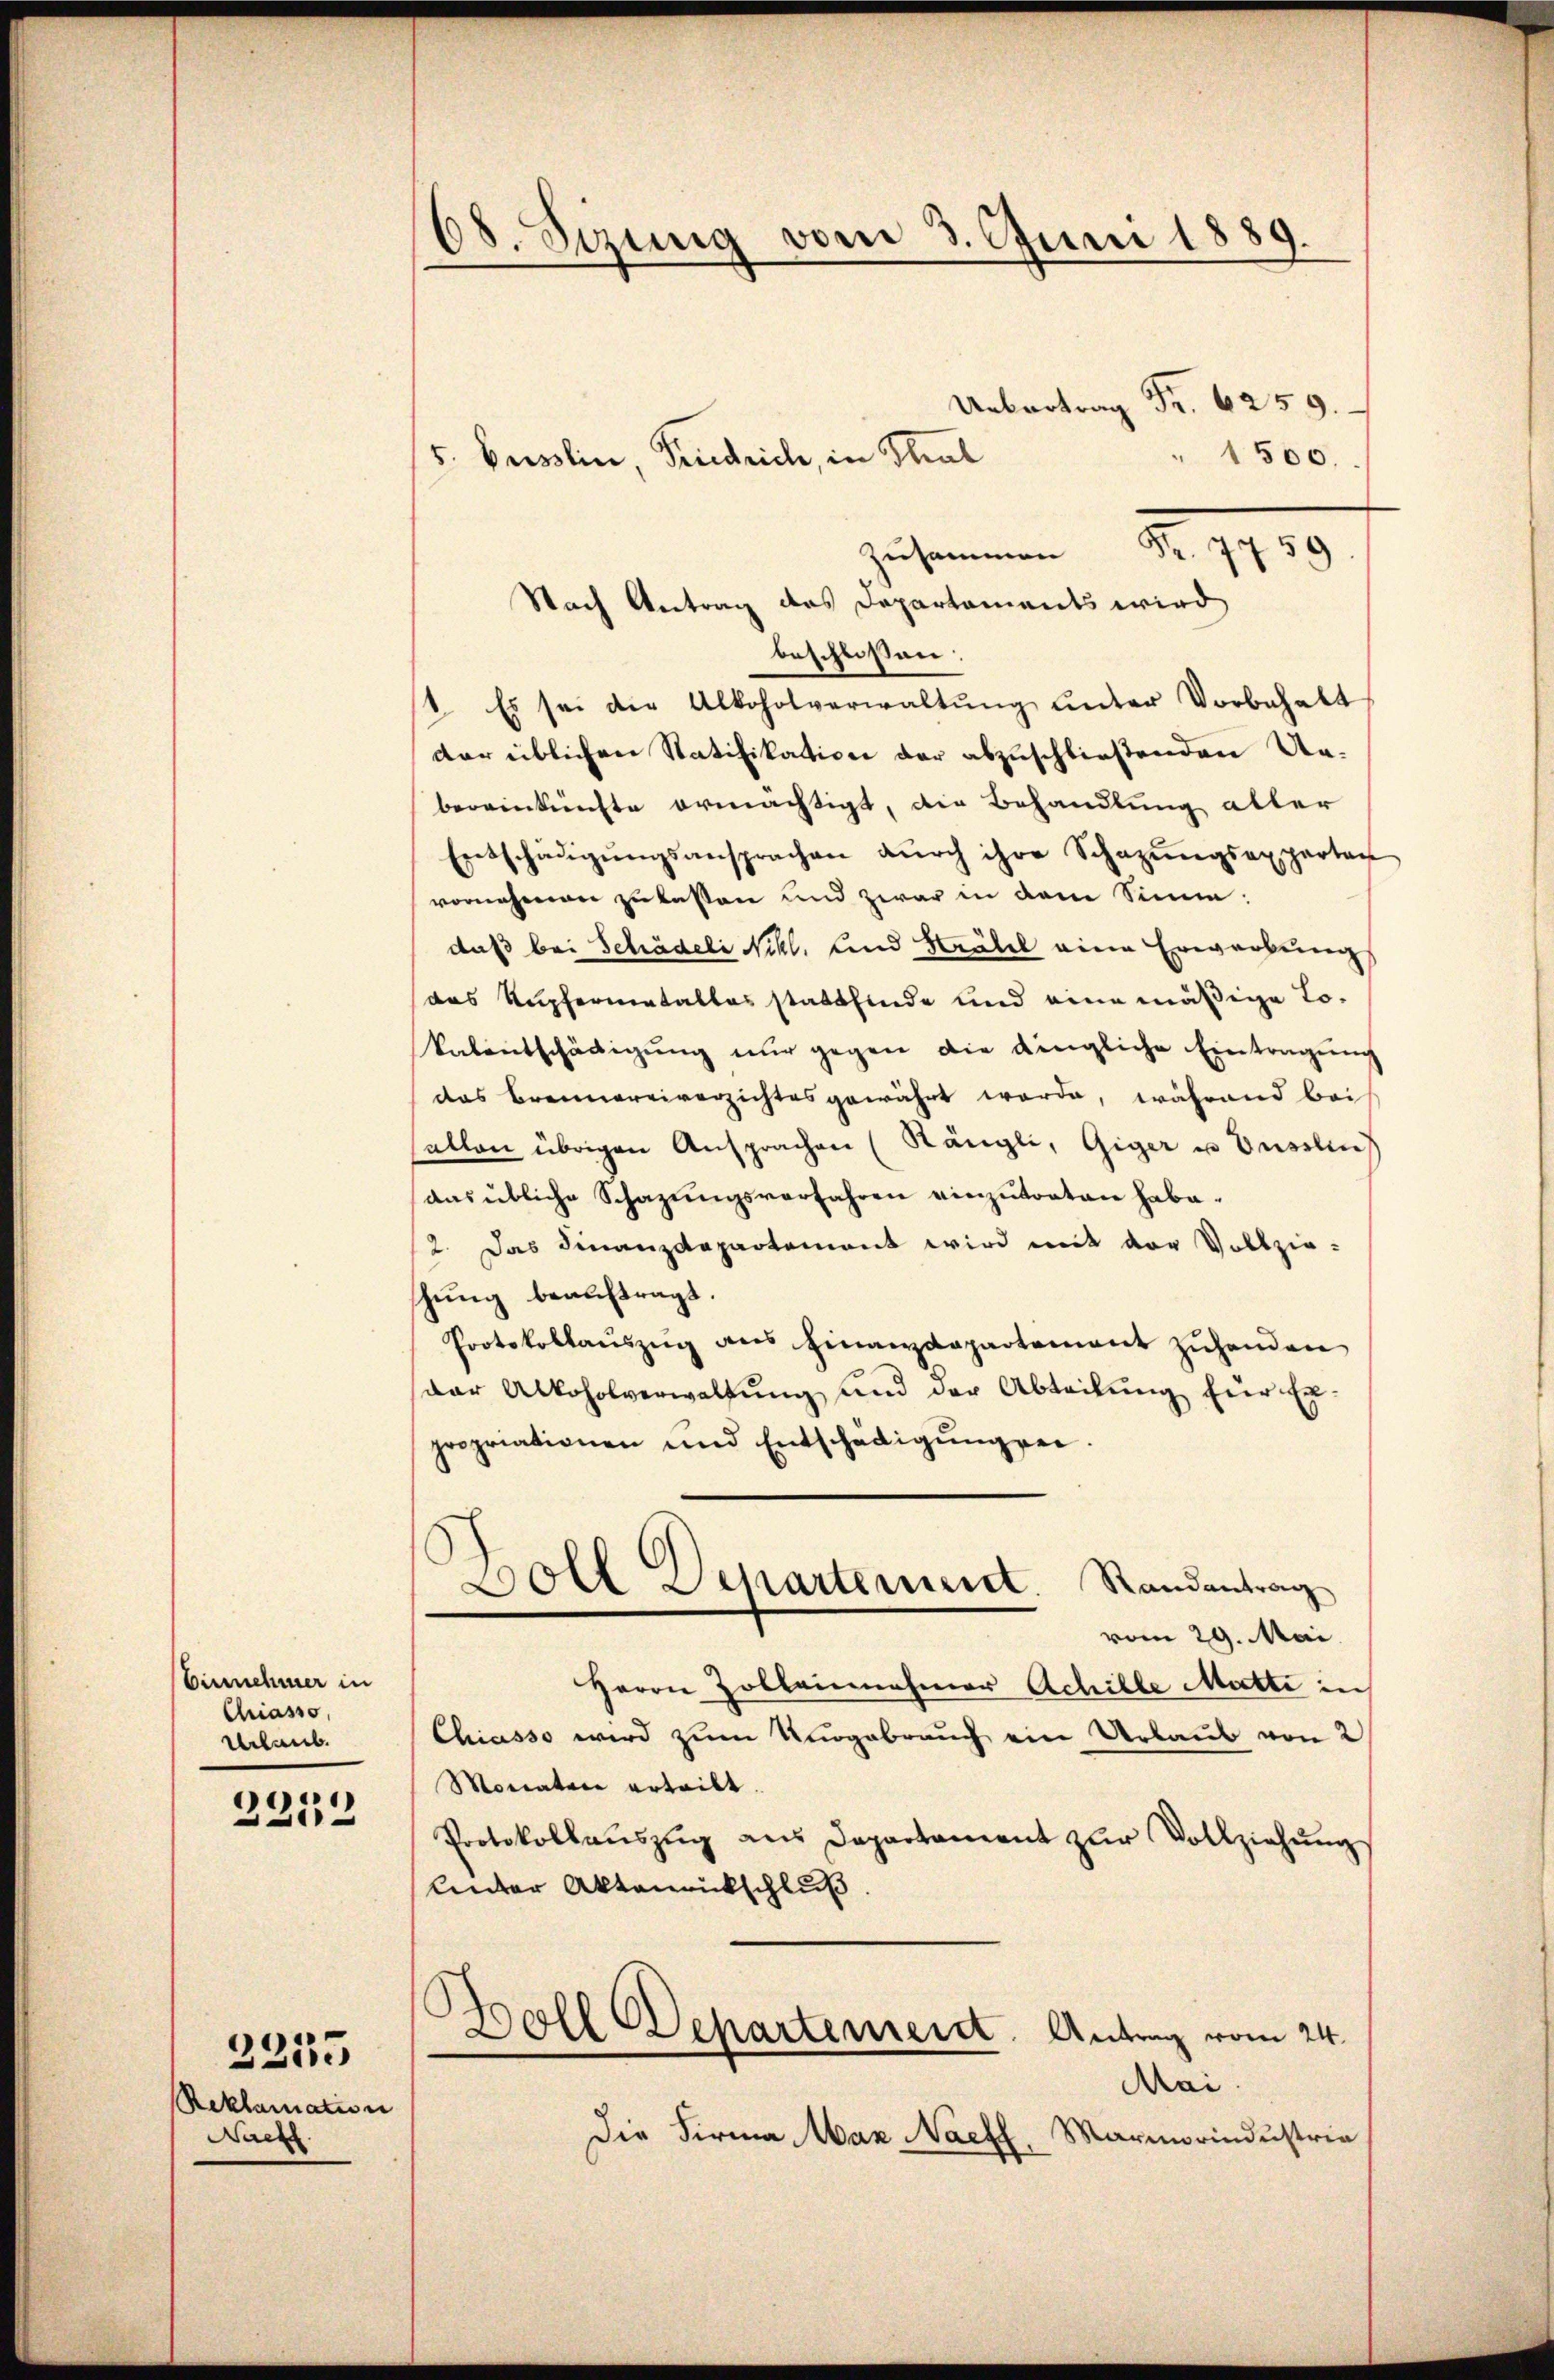
Einnehmer in
Criasso,
Urlaub.

2212

Reklamation
Naefl.

2253

¬
8. Sezung vom 3. Juni 1889.

5. Busslin, Friedrich, in Stral

.
" 1500.
Z. 759
Nach Antrag des Departaments wird,
beschloßen:
1. Es sei die Alkoholverwaltŭng ŭnter Vorbehalt
der üblichen Ratifikation der abzuschließenden Unbereinkünfte ermächtigt, die Behandlung aller
Entschädigŭngsansprachen dŭrch ihre Schazŭngsappartag
vornehmen zu lassen und zwar in dem Sinne:
daß bei Schädeli Nihl, und Stähel eine Erwerbung
das Kupfermetalles stattfinde und eine mäßige To¬
Valentschädigŭng nur gegen die dingliche Eintragung
das Brennereiverzichtes gewährt werde, während bei
sallen übrigen Ansprachen (Rängli, Giger u Instleis
aas übliche Schazungsverfahren einzŭtreten habe.
2. Das Finanzdepartement wird mit der Vollzie-
schung beauftragt.
Protokollaŭszŭg ans Finanzdepartement zŭhanden
dar Alkoholverwaltŭng und der Abteilŭng hier Er-
propriationen und Entschädigŭng sei.
Boll Departement. Randantrag
vom 29. Mai
Herrn Zollenmamar Achille Matti in
Chiasso wird zum Ungebrauch ein Urlaub von 2
Moratore erteilt.
Protokollaŭszŭg aŭs Departament zŭr Vollziehŭng
Unter Aktenrückschluß
Boll Departement. Antrag vom 24.
Mai.
Die Firma Max Nacht, Marmorindustria